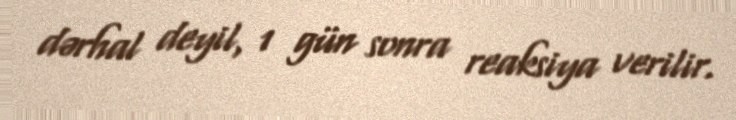
dərhal deyil, 1 gün sonra reaksiya verilir.